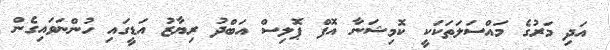
އަދި މަރުގެ މައްސަލަތަކަކީ ކޮމިޝަނާ އޮފް ޕޮލިސް އަބްދު ރިޔާޒު އަޑީގައި ހުންނަވައިގެން